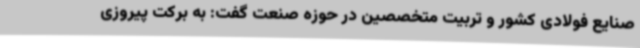
صنایع فولادی کشور و تربیت متخصصین در حوزه صنعت گفت: به برکت پیروزی